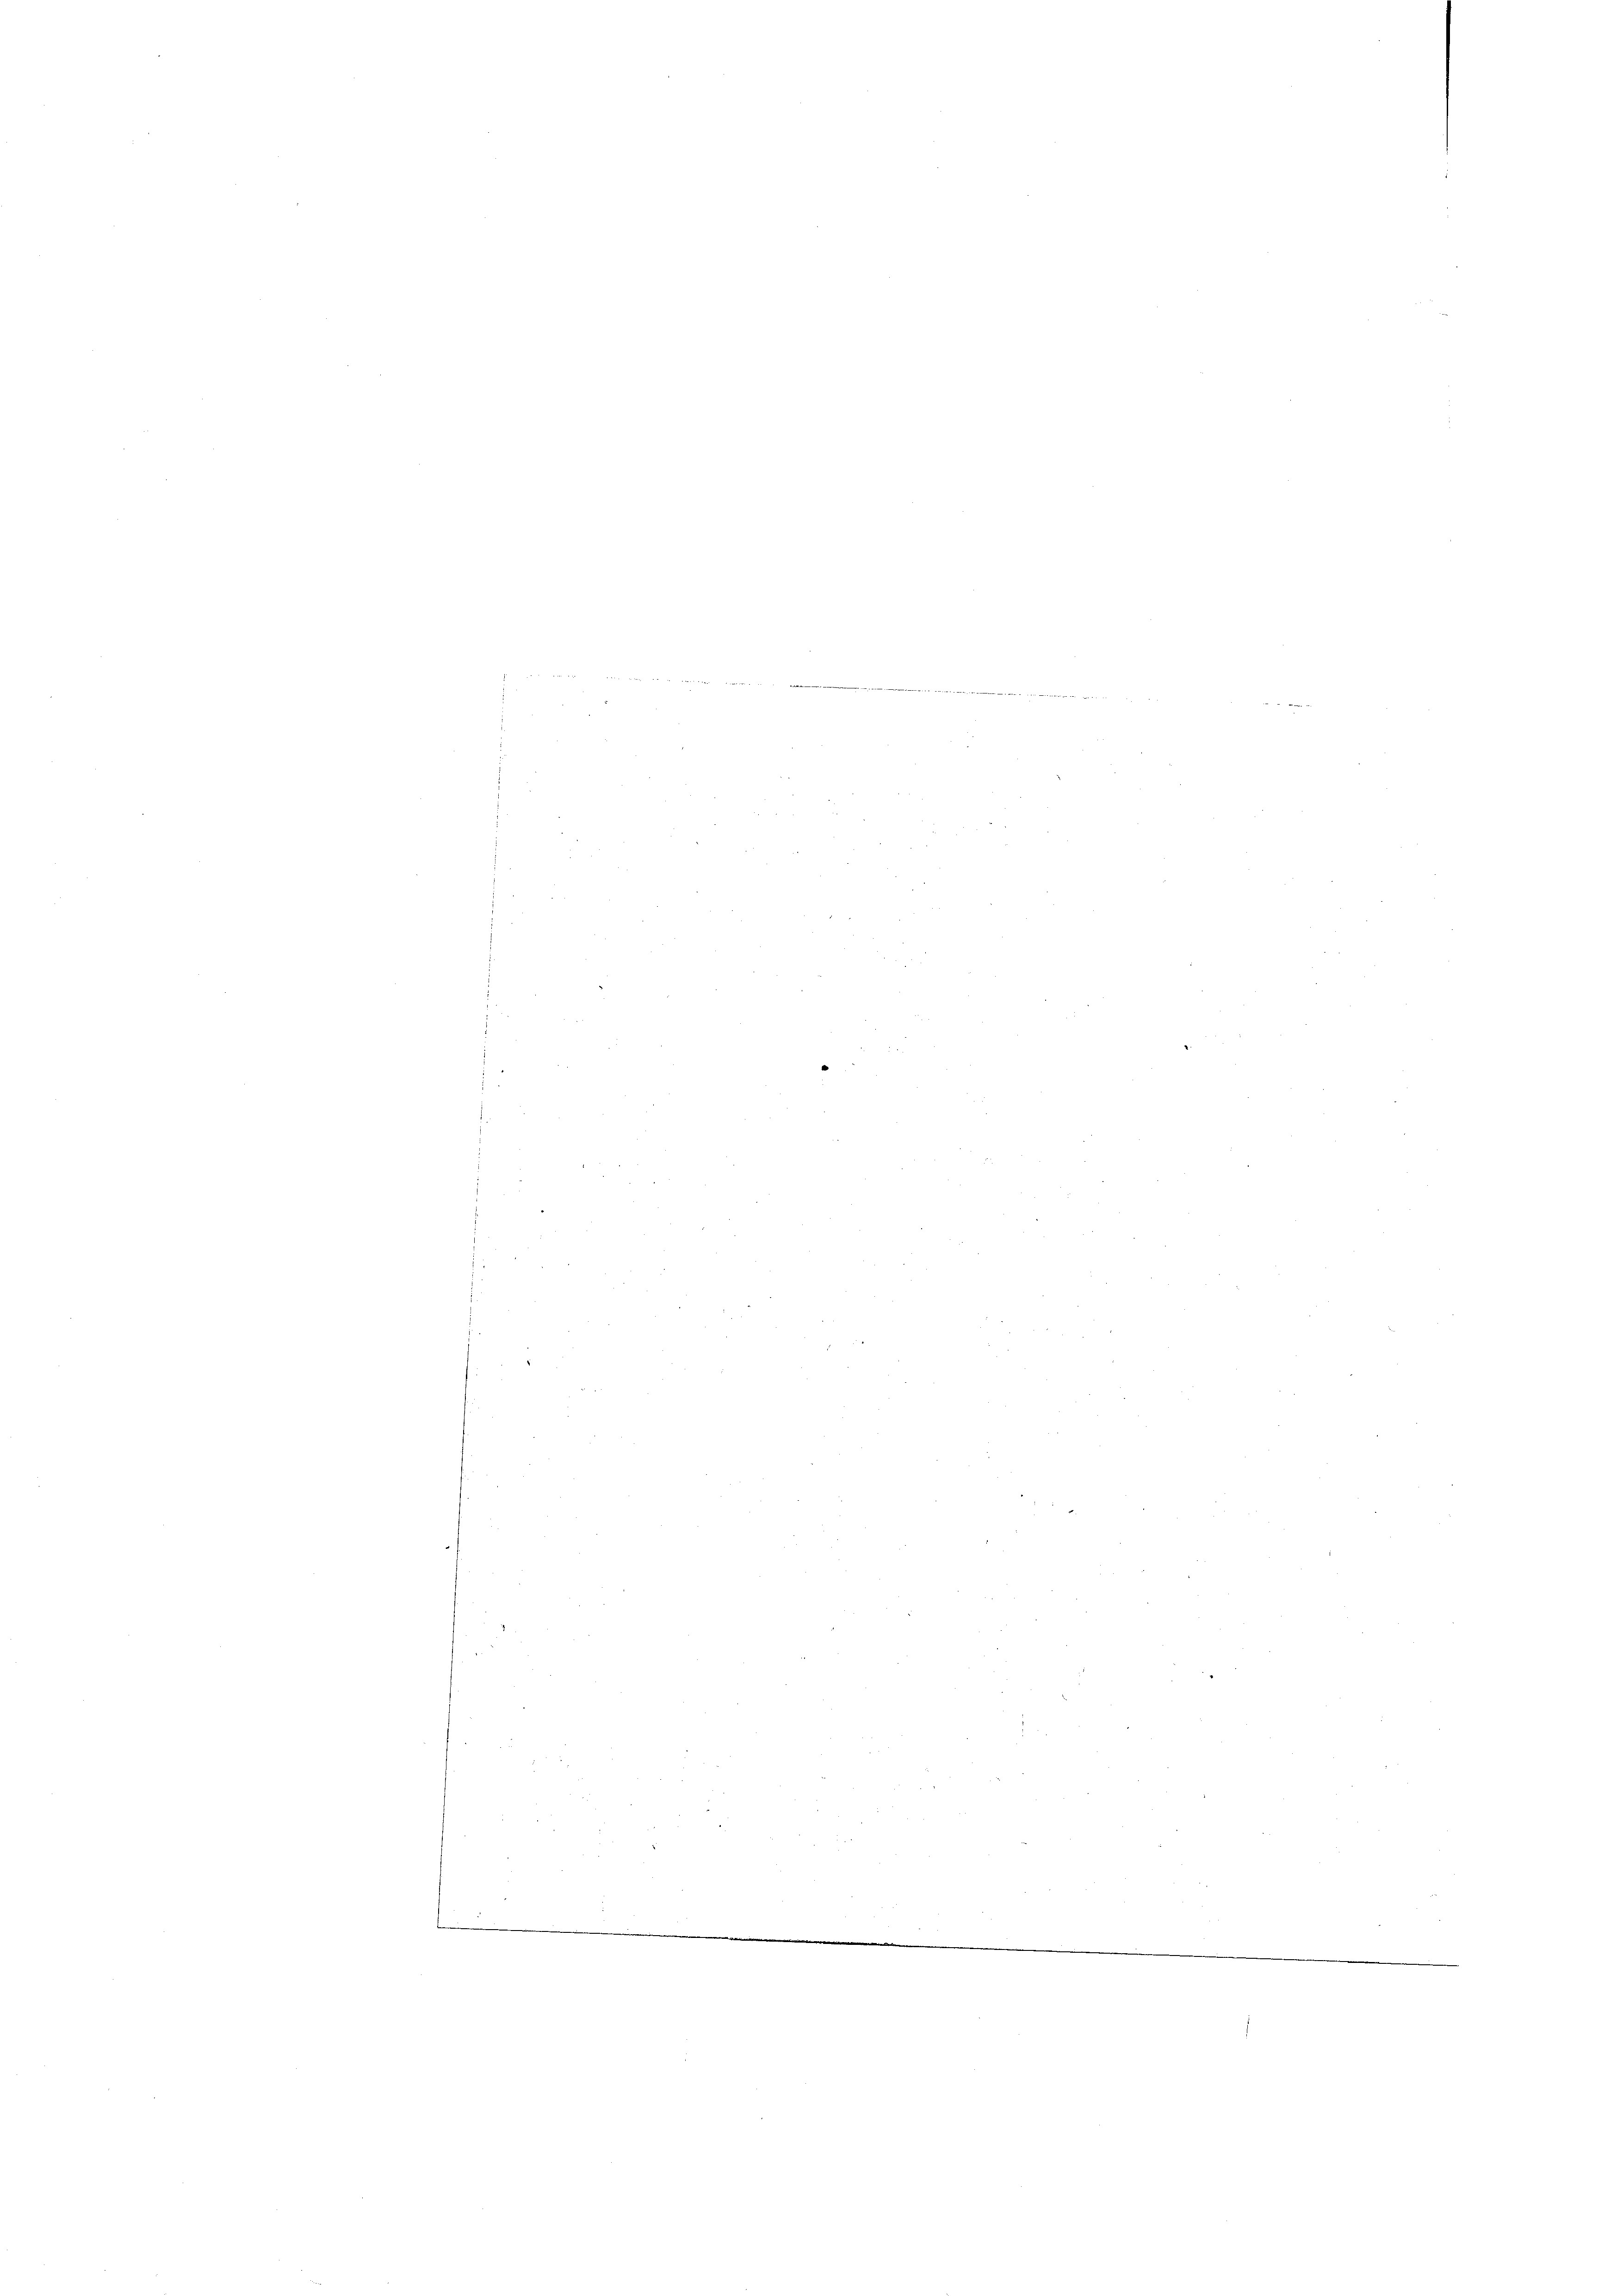
t

.